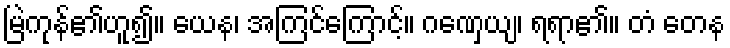
မြဲကုန်၏ဟူ၍။ ယေန၊ အကြင်ကြောင့်။ ဂဏှေယျ၊ ရရာ၏။ တံ တေန